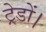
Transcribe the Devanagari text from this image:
ट्रेडों।